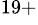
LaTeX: ^{19+}